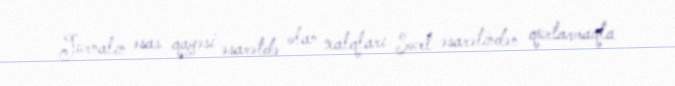
Jurnalın əsas qayəsi əsarətdə olan xalqları Sovet əsarətindən qurtarmaqla